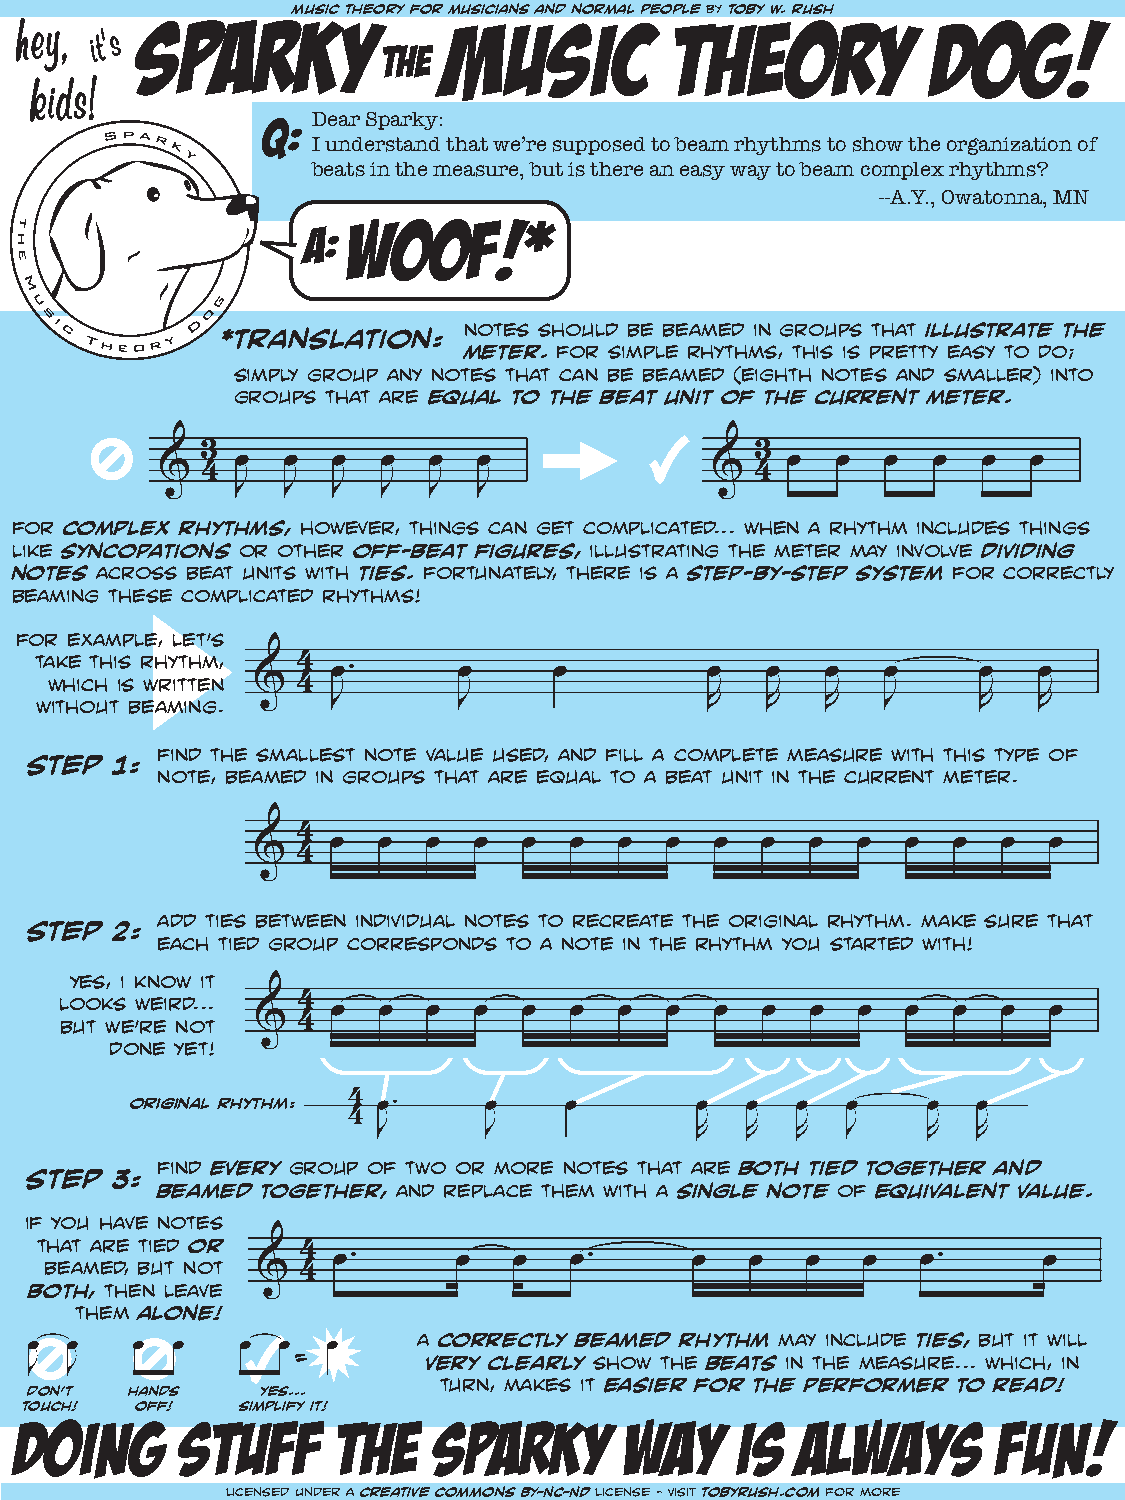
music theory for musicians and normal people by toby w. rush
 Sparky              music           theory           dog!
 Hey, it’s
 the
 kids!
 Q:  Dear Sparky:
 I understand that we’re supposed to beam rhythms to show the organization of
 beats in the measure, but is there an easy way to beam complex rhythms?
 --A.Y., Owatonna, MN
 WOOF!*
 A:
 notes should be beamed in groups that illustrate the
 *translation:
 meter. for simple rhythms, this is pretty easy to do;
 simply group any notes that can be beamed (eighth notes and smaller) into
 groups that are equal to the beat unit of the current meter.
 3                                    3
 œ  œ  œ  œ  œ   œ                   œ  œ   œ  œ  œ  œ
 & 4                                 &  4
 J  J  J  J  J   J
 for complex rhythms, however, things can get complicated... when a rhythm includes things
 like syncopations or other off-beat figures, illustrating the meter may involve dividing
 notes across beat units with ties. fortunately, there is a step-by-step system for correctly
 beaming these complicated rhythms!
 for example, let’s
 ta wk he i ct hh i is s r wh ry itt th em n, & 44 œ. œ œ œ œ œ œ œ œ
 without beaming.    J       J                R   R   R   J     R   R
 find the smallest note value used, and fill a complete measure with this type of
 step  1:
 note, beamed in groups that are equal to a beat unit in the current meter.
 4
 œ  œ  œ  œ   œ  œ  œ  œ  œ  œ   œ  œ  œ  œ  œ  œ
 &  4
 add ties between individual notes to recreate the original rhythm. make sure that
 step  2:
 each tied group corresponds to a note in the rhythm you started with!
 yes, i know it
 looks weird...  4
 œ  œ  œ  œ   œ  œ  œ  œ  œ  œ   œ  œ  œ  œ  œ  œ
 but we’re not & 4
 done yet!
 original rhythm: 4 œ.  œ    œ        œ  œ   œ  œ    œ   œ
 4
 J      J             R  R   R  J    R   R
 find every group of two or more notes that are both tied together and
 step 3:
 beamed together, and replace them with a single note of equivalent value.
 if you have notes
 that are tied or
 beamed, but not  4 œ.      œ   œ   œ.      œ   œ  œ   œ   œ.      œ
 &  4
 both, then leave
 them alone!
 a correctly beamed rhythm may include ties, but it will
 œ œ    œ œ    œ œ=  œ
 very clearly show the beats in the measure... which, in
 J J
 turn, makes it easier for the performer to read!
 don’t hands    yes...
 touch!  off!   simplify it!
 DOING      STUFF     THE    SPARKY      WAY     IS  ALWAYS       FUN!
 licensed under a creative commons BY-NC-ND license - visit tobyrush.com for more